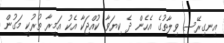
އިނގިރޭސި ވިލާތުގެ އެހެން ދެ ކިޔަވާ ކުއްޖަކާ އެކު އަމީރާ ތުރުކީ މަގުން